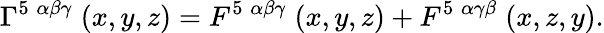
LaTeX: \Gamma^{5\; \alpha\beta\gamma}\; (x,y,z)=F^{5\; \alpha\beta\gamma}\; (x,y,z)+F^{5\; \alpha\gamma\beta}\; (x,z,y).